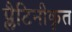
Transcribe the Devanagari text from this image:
प्लैटिनीकृत